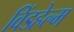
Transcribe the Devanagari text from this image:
विंडहेल्म